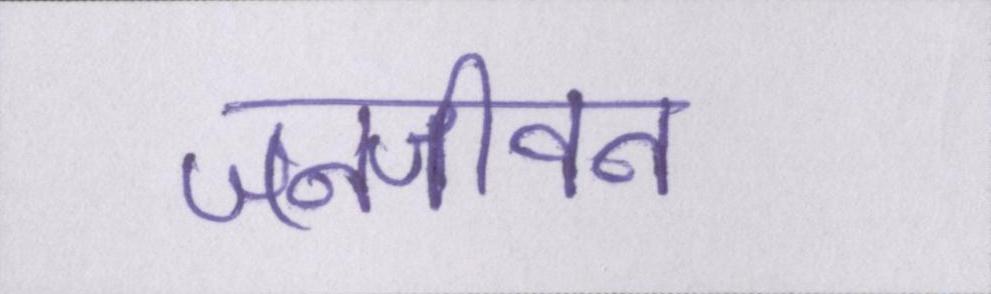
जनजीवन